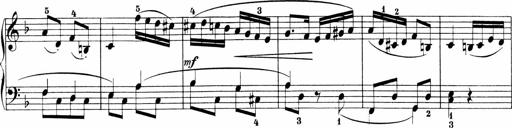
Title: Sonatinen Op.47, 98 und 136, nebst 6 Liedersonatinen
Composer: Carl Reinecke